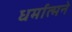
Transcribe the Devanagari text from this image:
धर्मात्मने